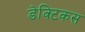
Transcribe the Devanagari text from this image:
डेक्टिकस